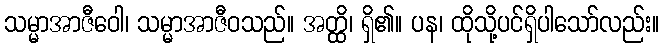
သမ္မာအာဇီဝေါ၊ သမ္မာအာဇီဝသည်။ အတ္ထိ၊ ရှိ၏။ ပန၊ ထိုသို့ပင်ရှိပါသော်လည်း။